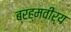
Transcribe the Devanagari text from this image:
ब्रह्मवीर्य